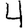
Digit: 4